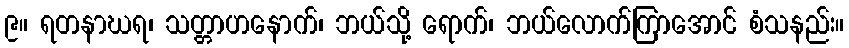
၉။ ရတနာဃရ၊ သတ္တာဟနောက်၊ ဘယ်သို့ ရောက်၊ ဘယ်လောက်ကြာအောင် စံသနည်း။